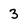
Character: 3